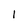
Character: 1